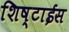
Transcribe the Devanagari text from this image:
शिष्टाईस